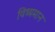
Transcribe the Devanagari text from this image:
विध्‍यमान